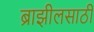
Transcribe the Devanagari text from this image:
ब्राझीलसाठी